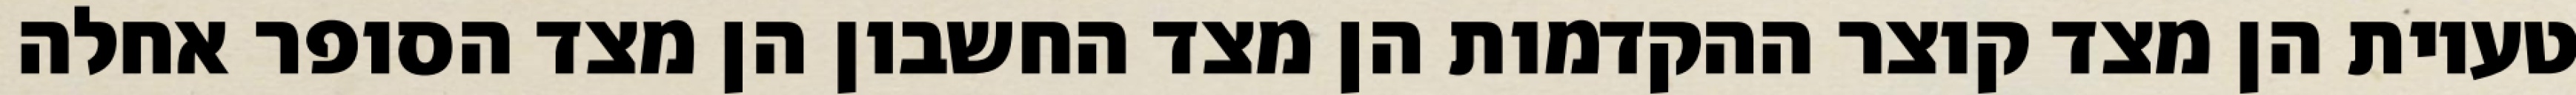
טעיות הן מצד קוצר ההקדמות הן מצד החשבון הן מצד הסופר אחלה